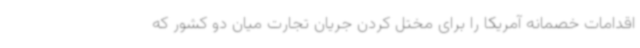
اقدامات خصمانه آمریکا را برای مختل کردن جریان تجارت میان دو کشور که